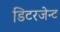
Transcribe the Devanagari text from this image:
डिटरजेन्ट